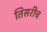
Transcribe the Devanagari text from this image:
तिसरीच